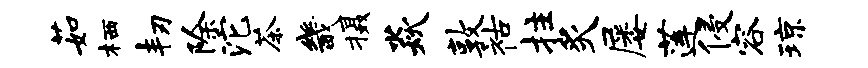
茹栖韧除沱茶畿摄焱敦祜拄炙屡莲侵容琼